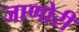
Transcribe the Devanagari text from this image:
जाणोरी